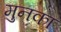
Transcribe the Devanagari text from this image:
मुनका